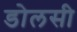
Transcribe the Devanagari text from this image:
डोलसी